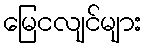
မြေငလျင်များ